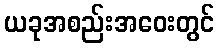
ယခုအစည်းအဝေးတွင်